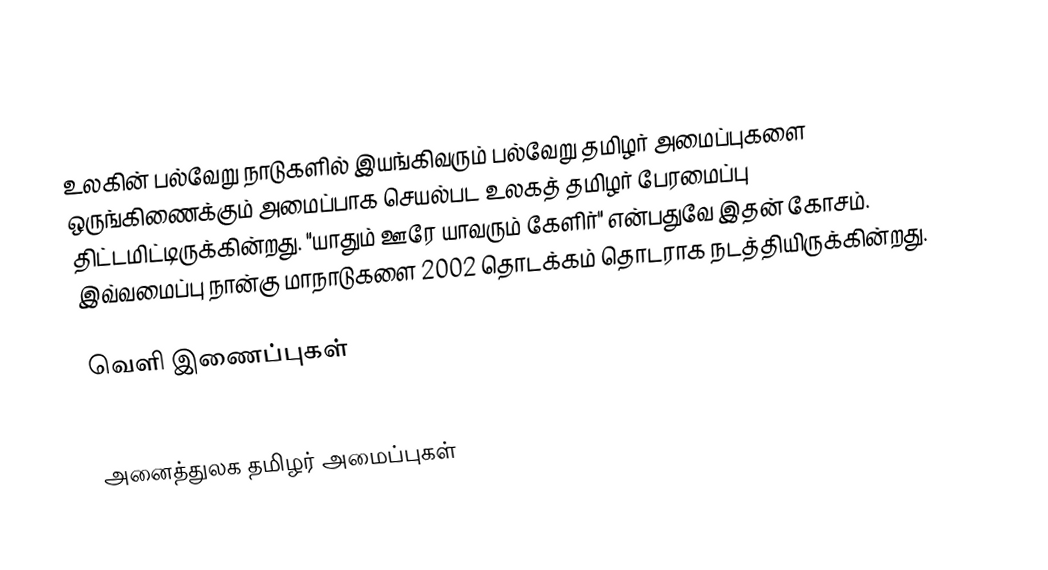
உலகின் பல்வேறு நாடுகளில் இயங்கிவரும் பல்வேறு தமிழர் அமைப்புகளை ஒருங்கிணைக்கும் அமைப்பாக செயல்பட உலகத் தமிழர் பேரமைப்பு திட்டமிட்டிருக்கின்றது. "யாதும் ஊரே யாவரும் கேளிர்" என்பதுவே இதன் கோசம்.  இவ்வமைப்பு நான்கு மாநாடுகளை 2002 தொடக்கம் தொடராக நடத்தியிருக்கின்றது.

வெளி இணைப்புகள்
 http://www.thenseide.com/ulagathamizhar/default.asp

அனைத்துலக தமிழர் அமைப்புகள்